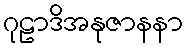
ဂုဠာဒိအနုဇာနနာ